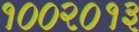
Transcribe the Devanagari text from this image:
१००२०१३